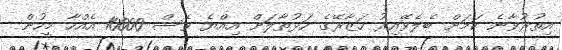
އިތުރުވާނެ ކަމަށް ބެލެވޭއިރު ހަޒާރޭގެ ހަޅުތާލަށް އިއްޔެ ވެސް 10000 އެއްހާ މީހުން